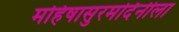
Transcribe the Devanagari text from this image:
महिषासुरमर्दिनीला